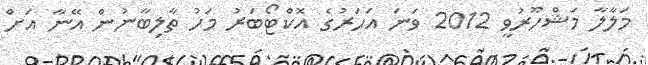
މަލާލާ މަޝްހޫރުވީ 2012 ވަނަ އަހަރުގެ އޮކްޓޯބަރު މަހު ތާލިބާނުން އޭނާ އަށް